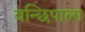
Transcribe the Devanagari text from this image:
वन्छिपाला